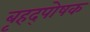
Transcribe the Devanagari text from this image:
बृहद्पोषक